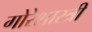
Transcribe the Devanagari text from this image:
गोरेशास्त्री